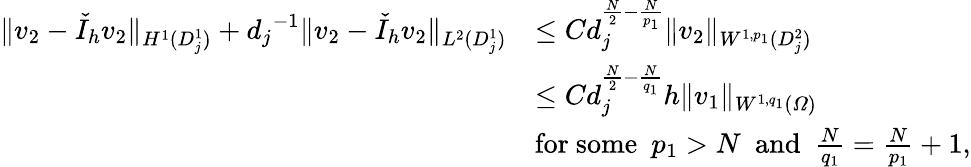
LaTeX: \begin{array}{rl}{\| v_{2}-\check{I}_{h}v_{2}\| _{H^{1}(D_{j}^{1})}+{d_{j}}^{-1}\| v_{2}-\check{I}_{h}v_{2}\| _{L^{2}(D_{j}^{1})}}&{\leq Cd_{j}^{\frac{N}{2}-\frac{N}{p_{1}}}\| v_{2}\| _{W^{1,p_{1}}(D_{j}^{2})}}\\ &{\leq Cd_{j}^{\frac{N}{2}-\frac{N}{q_{1}}}h\| v_{1}\| _{W^{1,q_{1}}(\varOmega)}}\\ &{\mathrm{for~some}\, \, \, p_{1}>N\, \, \, \mathrm{and}\, \, \, \frac{N}{q_{1}}=\frac{N}{p_{1}}+1,}\end{array}